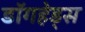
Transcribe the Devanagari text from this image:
डॉगहेड्स